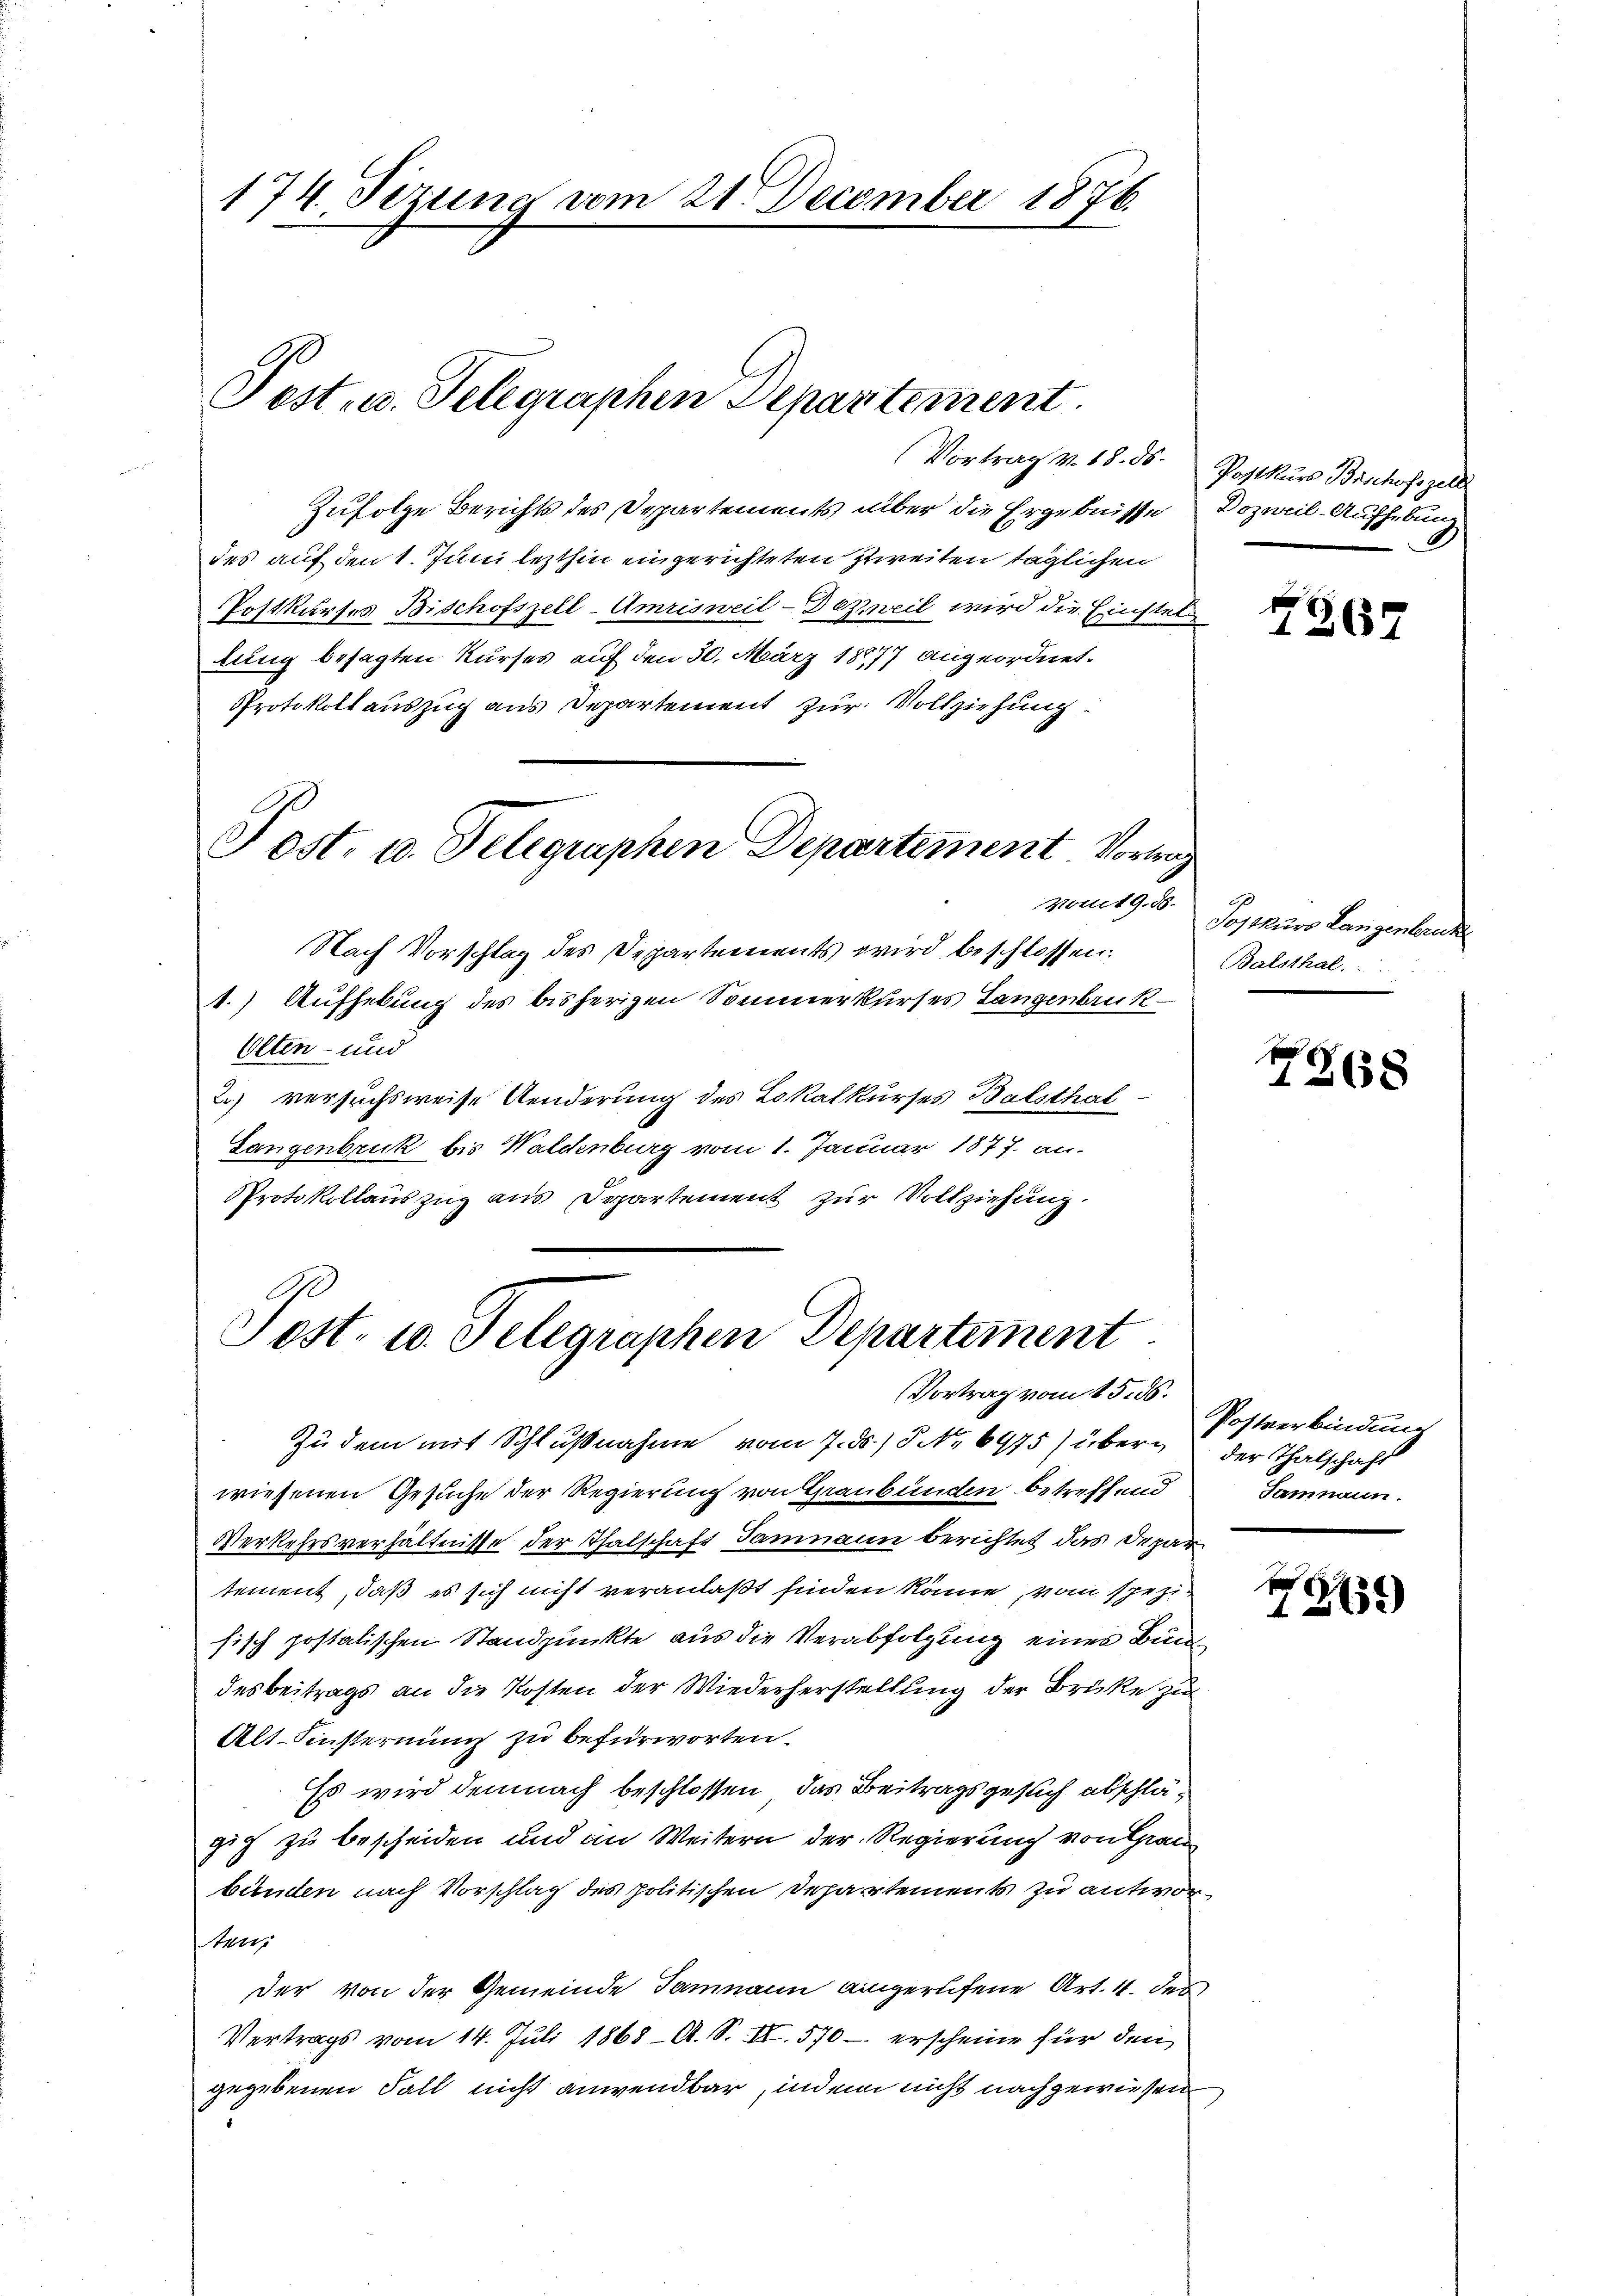
174. Sezung vom 21. December 1876.

Fest- u. Telegraphen Departement

Zufolge Berichts des Departements über die Ergebnisse Dozweil-Aufhebung
des auf den 1. Juni lezthin eingerichteten Zweiten täglichen
Postkurses Bischofszell-Amrisweil-Dezweil wird die Einstel
lung besagten Kurses auf den 30. März 18877 angeordnet.
Protokollauszug aus Departement zur Vollziehung
vom 19. d.
Nach Vorschlag des Departements wird beschlossen:
1.) Aufhebung des bisherigen Sommerkurses Langenbruck
Olten- und
2.) versuchsweise Aenderung des Lokalkurses Balsthal¬
Langenbruck bis Waldenburg vom 1. Januar 1877. an.
Protokollauszug aus Departement zur Vollziehung.

Post. u. Telegraphen Departement. Vortrag

Post- u. Telegraphen Departement
Vortrag vom 15. ds.

Vortrag v. 18. 85. Postkurs Bischofszell

Zu dem mit Schlußnahme vom 7. ds. 3. No 6975) über der Thalschaft
wiesenen Gesuche der Regierung von Graubünden betreffend
Verkehrsverhältnisse der Thalschaft Jammann berichtet das Departement, daß es sich nicht veranlaßt finden könne, vom spezisisch postatischen Standpunkte aus die Verabfolgung eines Bundesbeitrags an die Kosten der Wiederherstellung der Brüke zu
Alt-Finsternung zu befürworten.
Es wird demnach beschlossen, das Beitragsgesuch abschlägig zu bescheiden und an Weitern der Regierung von Grau
bünden nach Vorschlag des politischen Dehartement zu antworten
Der von der Gemeinde Jammann aingerufene Art. 11. des
Vertrags vom 14. Juli 1868 — A. S. II. 570 – erscheine für den
gegebenen Fall nicht anwendbar, indem nicht nachgewiesen

2635

Postkurs Langenbrucke
Balsthal.

7368

Postverbindung
Samnaun.

.
1262)